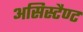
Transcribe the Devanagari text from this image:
असिस्टैण्ट